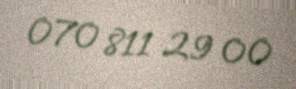
070 811 29 00